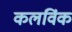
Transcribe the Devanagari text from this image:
कलविंक